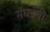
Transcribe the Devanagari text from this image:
संघईची